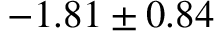
- 1 . 8 1 \pm 0 . 8 4